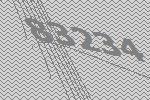
83234